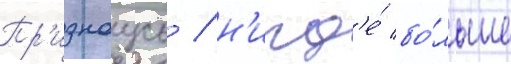
Пр'изнаусь / н'игд'е́ бо́льше